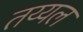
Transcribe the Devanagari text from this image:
तय्यल